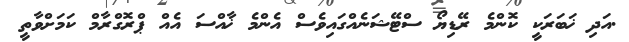
.އަދި ޚަބަރަކީ ކޮންމެ ރޭޑިޔޯ ސްޓޭޝަނެއްގައިވެސް އެންމެ ޚާއްސަ އެއް ޕްރޮގްރާމް ކަމަށްވާތީ